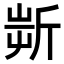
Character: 𣂟